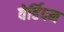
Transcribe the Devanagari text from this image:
वेर्हिदन